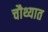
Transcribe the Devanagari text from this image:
चौथ्यात